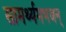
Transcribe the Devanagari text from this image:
सामर्थ्यमभजन्